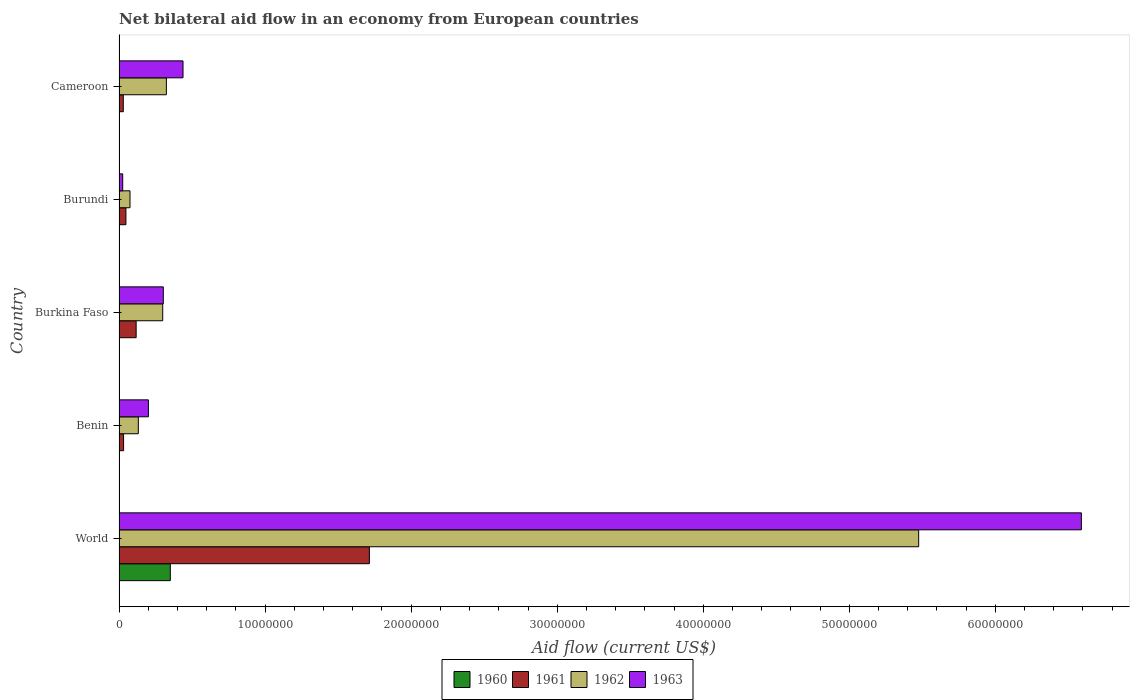
| Country | 1960 | 1961 | 1962 | 1963 |
 | --- | --- | --- | --- | --- |
 | World | 3.51e+06 | 1.71e+07 | 5.48e+07 | 6.59e+07 |
 | Benin | 1e+04 | 3.1e+05 | 1.32e+06 | 2.01e+06 |
 | Burkina Faso | 1e+04 | 1.17e+06 | 2.99e+06 | 3.03e+06 |
 | Burundi | 1e+04 | 4.7e+05 | 7.5e+05 | 2.5e+05 |
 | Cameroon | 2e+04 | 2.9e+05 | 3.24e+06 | 4.38e+06 |